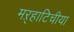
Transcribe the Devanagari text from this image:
मऱ्हाटिचीया